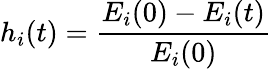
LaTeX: h_{i}(t)=\frac{E_{i}(0)-E_{i}(t)}{E_{i}(0)}